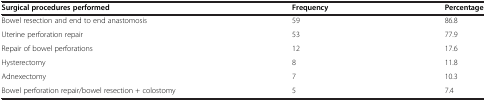
| Surgical procedures performed | Frequency | Percentage |
 | --- | --- | --- |
 | Bowel resection and end to end anastomosis | 59 | 86.8 |
 | Uterine perforation repair | 53 | 77.9 |
 | Repair of bowel perforations | 12 | 17.6 |
 | Hysterectomy | 8 | 11.8 |
 | Adnexectomy | 7 | 10.3 |
 | Bowel perforation repair/bowel resection + colostomy | 5 | 7.4 |